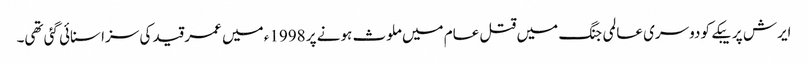
ایرش پریبکے کو دوسری عالمی جنگ میں قتل عام میں ملوث ہونے پر 1998ء میں عمر قید کی سزا سنائی گئی تھی۔